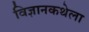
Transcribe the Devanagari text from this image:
विज्ञानकथेला